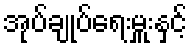
အုပ်ချုပ်ရေးမှူးနှင့်